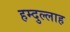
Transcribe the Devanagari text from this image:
हम्दुल्लाह